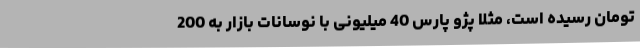
تومان رسیده است، مثلا پژو پارس 40 میلیونی با نوسانات بازار به 200